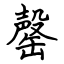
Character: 罄